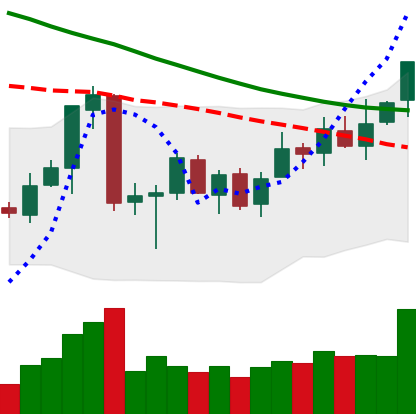
Ticker: ETC-USD
Chart end date: 2018-07-06
Forward return: -10.883%
Label: down_7plus